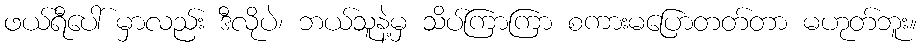
ဖယ်ရီပေါ် မှာလည်း ဒီလိုပဲ၊ ဘယ်သူနဲ့မှ သိပ်ကြာကြာ စကားမပြောတတ်တာ မဟုတ်ဘူး။